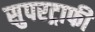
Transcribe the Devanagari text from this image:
सुपरट्राफी